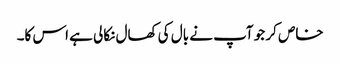
خاص کر جو آپ نے بال کی کھال نکالی ہے اس کا۔